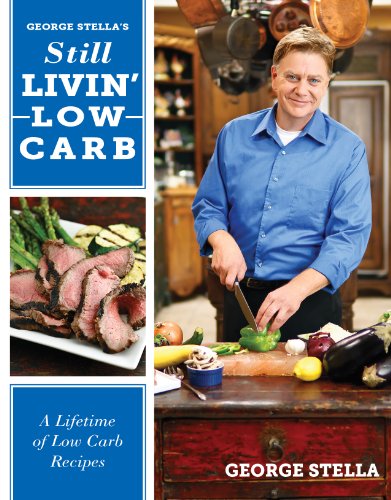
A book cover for George Stella's Still Livin' Low Carb: A Lifetime of Low Carb Recipes; George Stella; Cookbooks, Food & Wine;